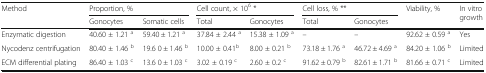
<table><thead><tr><td rowspan="2"><b>Method</b></td><td colspan="2"><b>Proportion, %</b></td><td colspan="2"><b>Cell count, × 10<sup>6</sup> *</b></td><td colspan="2"><b>Cell loss, % **</b></td><td rowspan="2"><b>Viability, %</b></td><td rowspan="2"><b>In vitro growth</b></td></tr><tr><td><b>Gonocytes</b></td><td><b>Somatic cells</b></td><td><b>Total</b></td><td><b>Gonocytes</b></td><td><b>Total</b></td><td><b>Gonocytes</b></td></tr></thead><tbody><tr><td>Enzymatic digestion</td><td>40.60 ± 1.21 <sup>a</sup></td><td>59.40 ± 1.21 <sup>a</sup></td><td>37.84 ± 2.44 <sup>a</sup></td><td>15.38 ± 1.09 <sup>a</sup></td><td>–</td><td>–</td><td>92.62 ± 0.59 <sup>a</sup></td><td>Yes</td></tr><tr><td>Nycodenz centrifugation</td><td>80.40 ± 1.46 <sup>b</sup></td><td>19.6 0 ± 1.46 <sup>b</sup></td><td>10.00 ± 0.41<sup>b</sup></td><td>8.00 ± 0.21 <sup>b</sup></td><td>73.18 ± 1.76 <sup>a</sup></td><td>46.72 ± 4.69 <sup>a</sup></td><td>84.20 ± 1.06 <sup>b</sup></td><td>Limited</td></tr><tr><td>ECM differential plating</td><td>86.40 ± 1.03 <sup>c</sup></td><td>13.6 0 ± 1.03 <sup>c</sup></td><td>3.02 ± 0.19 <sup>c</sup></td><td>2.60 ± 0.2 <sup>c</sup></td><td>91.62 ± 0.79 <sup>b</sup></td><td>82.61 ± 1.71 <sup>b</sup></td><td>81.66 ± 0.71 <sup>c</sup></td><td>Limited</td></tr></tbody></table>